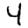
Digit: 4